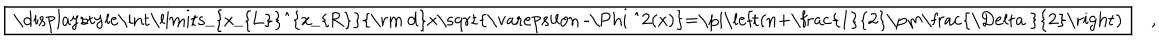
LaTeX: \fbox { \displaystyle \int _ { x _ { L } } ^ { x _ { R } } \mathrm { d } x \sqrt { \varepsilon - \Phi ^ { 2 } ( x ) } = \pi \left( n + \frac { 1 } { 2 } \pm \frac { \Delta } { 2 } \right) } \quad ,